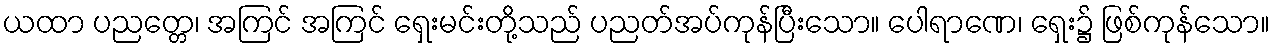
ယထာ ပညတ္တေ၊ အကြင် အကြင် ရှေးမင်းတို့သည် ပညတ်အပ်ကုန်ပြီးသော။ ပေါရာဏေ၊ ရှေး၌ ဖြစ်ကုန်သော။